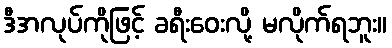
ဒီအလုပ်ကိုဖြင့် ခရီးဝေးလို့ မလိုက်ရဘူး။